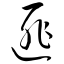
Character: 匪